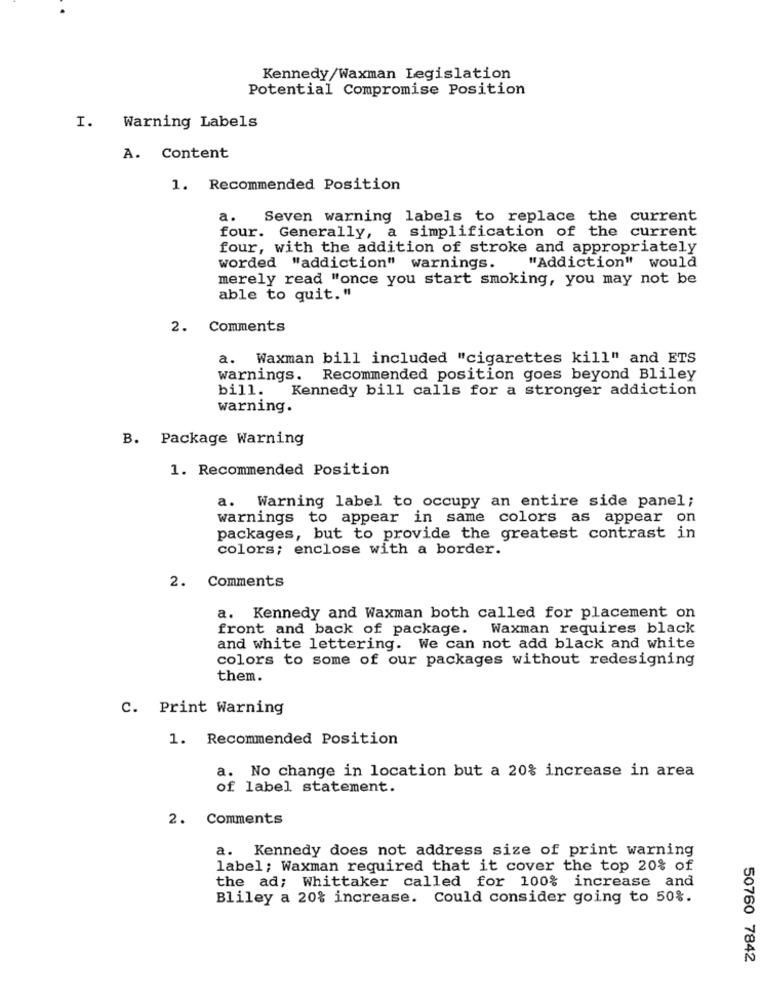
Kennedy/Waxman Legislation
Potential Compromise Position
I.
Warning Labels
A. Content
1. Recommended Position
a. Seven warning labels to replace the current
four. Generally, a simplification of the current
four, with the addition of stroke and appropriately
worded "addiction" warnings.
"Addiction" would
merely read "once you start smoking, you may not be
able to quit."
2.
Comments
a. Waxman bill included "cigarettes kill" and ETS
warnings. Recommended position goes beyond Bliley
bill.
Kennedy bill calls for a stronger addiction
warning.
B. Package Warning
1. Recommended Position
a. Warning label to occupy an entire side panel;
warnings to appear in same colors as appear on
packages, but to provide the greatest contrast in
colors; enclose with a border.
2. Comments
a. Kennedy and Waxman both called for placement on
front and back of package. Waxman requires black
and white lettering. We can not add black and white
colors to some of our packages without redesigning
them.
C. Print Warning
1. Recommended Position
a. No change in location but a 20% increase in area
of label statement.
2. Comments
a. Kennedy does not address size of print warning
label; Waxman required that it cover the top 20% of
the ad; Whittaker called for 100% increase and
Bliley a 20% increase. Could consider going to 50%.
50760 7842